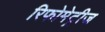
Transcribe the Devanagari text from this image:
रिफोमेट्रीज